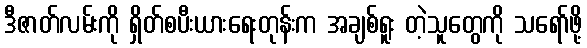
ဒီဇာတ်လမ်းကို ရှိတ်စပီးယားရေးတုန်းက အချစ်ရူး တဲ့သူတွေကို သရော်ဖို့